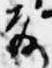
前